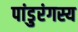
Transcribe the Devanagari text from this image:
पांडुरंगस्य